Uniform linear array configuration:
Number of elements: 12
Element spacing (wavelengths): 0.25
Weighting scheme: hamming
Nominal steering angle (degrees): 0
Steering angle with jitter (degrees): -1.557
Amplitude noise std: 0.05
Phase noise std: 0.05

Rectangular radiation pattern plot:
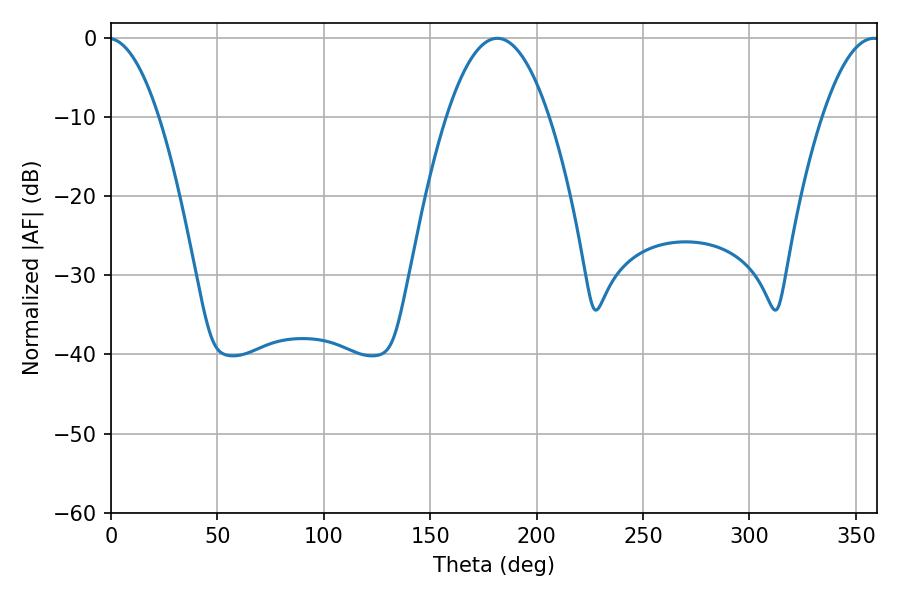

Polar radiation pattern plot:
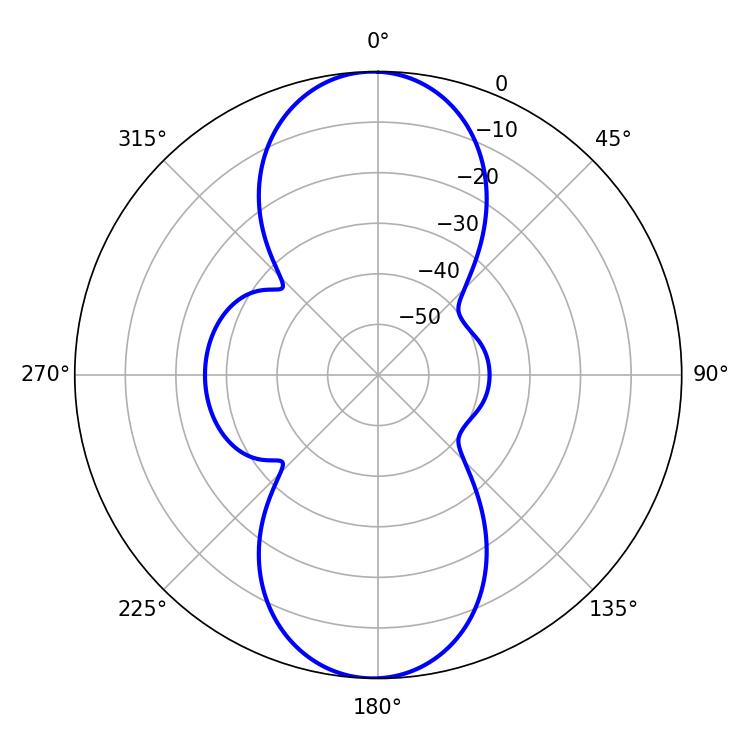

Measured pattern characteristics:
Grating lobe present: FALSE
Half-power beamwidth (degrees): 26.46
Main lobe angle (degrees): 181.62